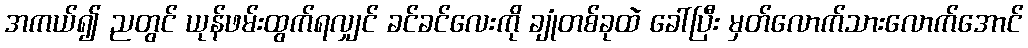
အကယ်၍ ညတွင် ယုန်ဖမ်းထွက်ရလျှင် ခင်ခင်လေးကို ချုံတစ်ခုထဲ ခေါ်ပြီး မှတ်လောက်သားလောက်အောင်